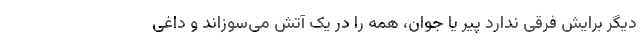
دیگر برایش فرقی ندارد پیر یا جوان، همه را در یک آتش می‌سوزاند و داغی